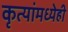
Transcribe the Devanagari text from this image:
कृत्यांमध्येही